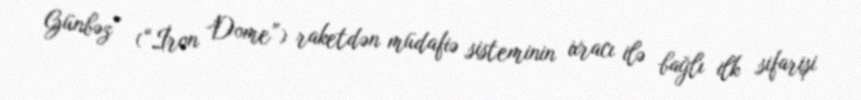
Günbəz” (“İron Dome”) raketdən müdafiə sisteminin ixracı ilə bağlı ilk sifarişi